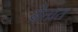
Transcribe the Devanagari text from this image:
य्रेतात